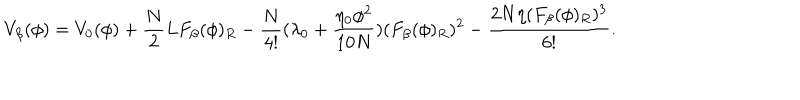
V _ { \beta } ( \phi ) = V _ { 0 } ( \phi ) + \frac { N } { 2 } L F _ { \beta } ( \phi ) _ { R } - \frac { N } { 4 ! } ( \lambda _ { 0 } + \frac { \eta _ { 0 } \phi ^ { 2 } } { 1 0 N } ) ( F _ { \beta } ( \phi ) _ { R } ) ^ { 2 } - \frac { 2 N \eta ( F _ { \beta } ( \phi ) _ { R } ) ^ { 3 } } { 6 ! } .